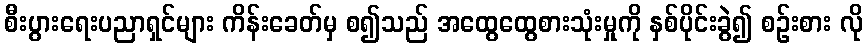
စီးပွားရေးပညာရှင်များ ကိန်းခေတ်မှ စ၍သည် အထွေထွေစားသုံးမှုကို နှစ်ပိုင်းခွဲ၍ စဉ်းစား လို